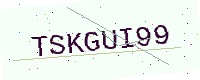
Text: TSKGUI99